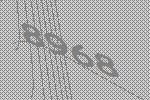
8968